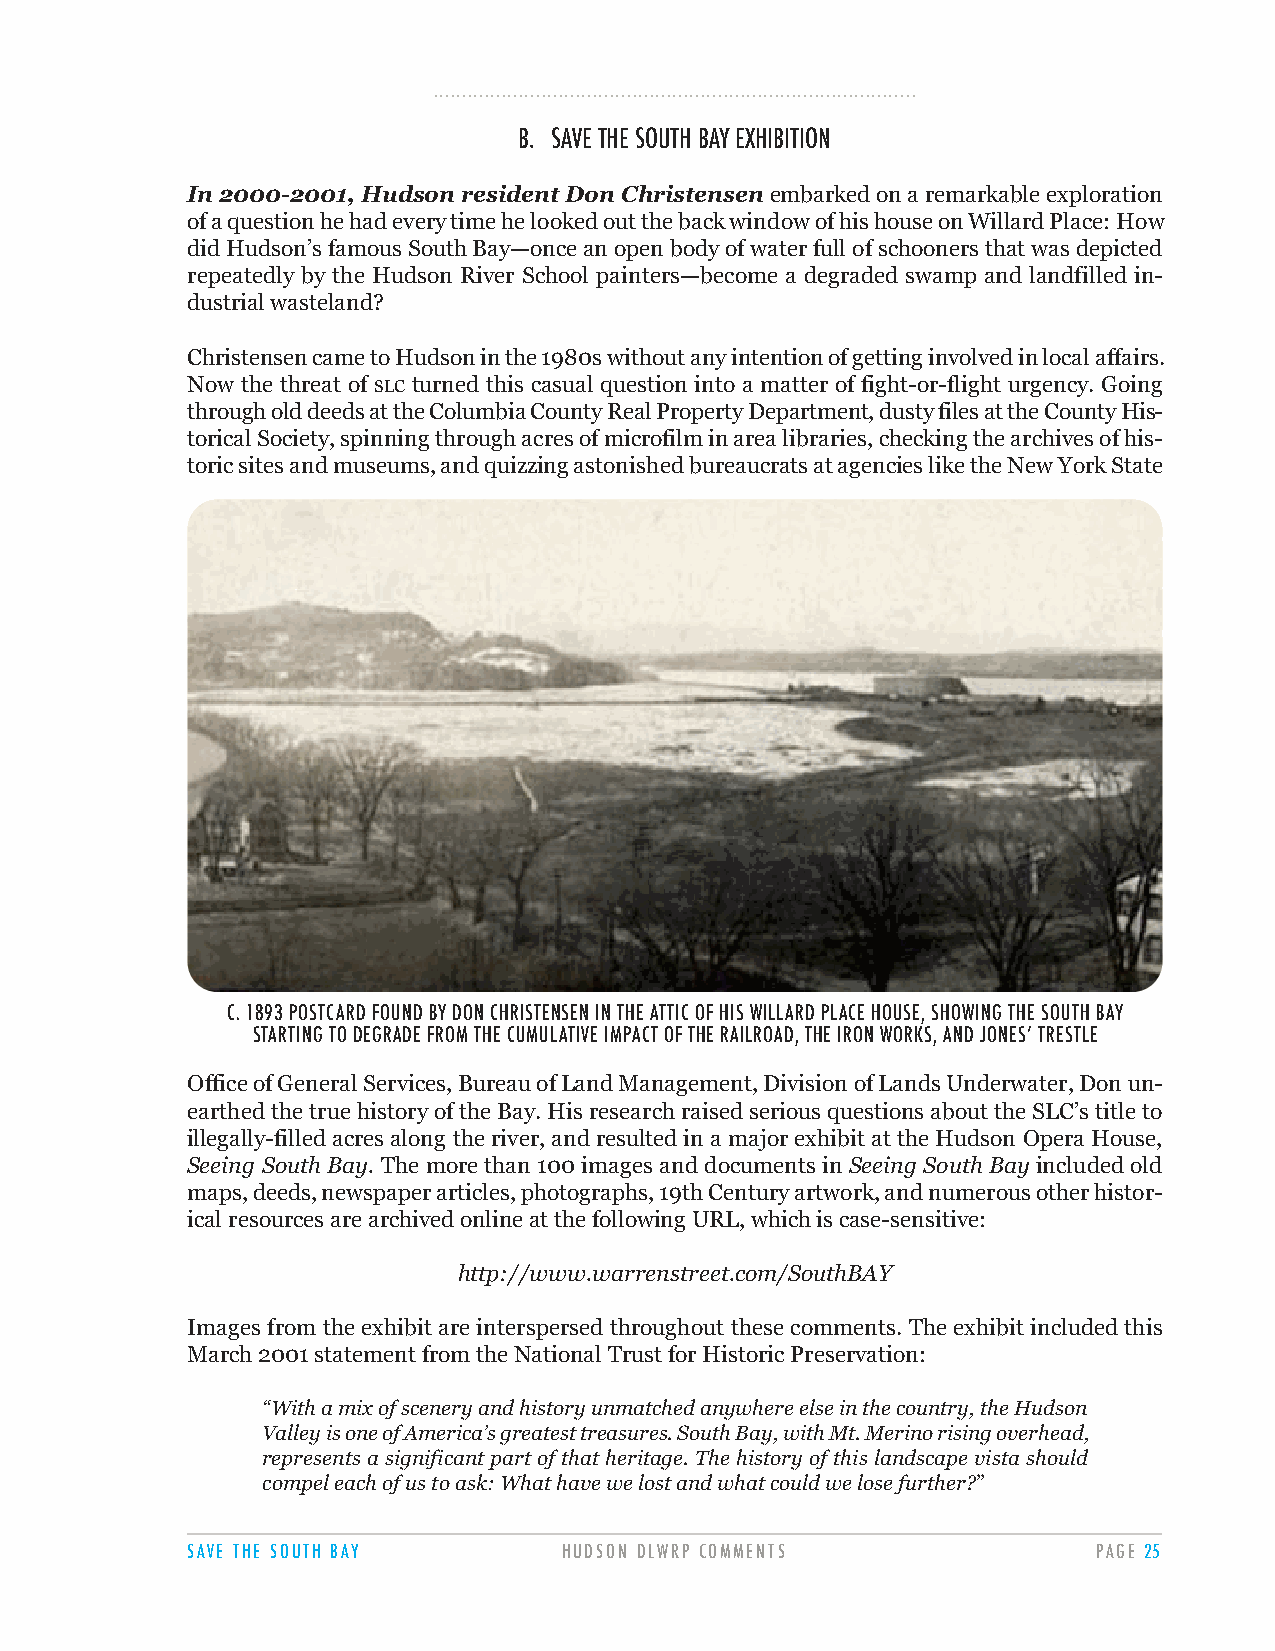
.....................................................................................
 B. SAVE THE SOUTH BAY EXHIBITION
 In 2000-2001, Hudson resident Don Christensenembarked on a remarkable exploration
 of a question he had every time he looked out the back window of his house on Willard Place: How
 did Hudson’s famous South Bay—once an open body of water full of schooners that was depicted
 repeatedly by the Hudson River School painters—become a degraded swamp and landfilled in-
 dustrial wasteland?
 Christensen came to Hudson in the 1980s without any intention of getting involved in local affairs.
 Now the threat of SLC turned this casual question into a matter of fight-or-flight urgency. Going
 through old deeds at the Columbia County Real Property Department, dusty files at the County His-
 torical Society, spinning through acres of microfilm in area libraries, checking the archives of his-
 toric sites and museums, and quizzing astonished bureaucrats at agencies like the New York State
 C. 1893 POSTCARD FOUND BY DON CHRISTENSEN IN THE ATTIC OF HIS WILLARD PLACE HOUSE, SHOWING THE SOUTH BAY
 STARTING TO DEGRADE FROM THE CUMULATIVE IMPACT OF THE RAILROAD, THE IRON WORKS, AND JONES’ TRESTLE
 Office of General Services, Bureau of Land Management, Division of Lands Underwater, Don un-
 earthed the true history of the Bay. His research raised serious questions about the SLC’s title to
 illegally-filled acres along the river, and resulted in a major exhibit at the Hudson Opera House,
 Seeing South Bay. The more than 100 images and documents in Seeing South Bay included old
 maps, deeds, newspaper articles, photographs, 19th Century artwork, and numerous other histor-
 ical resources are archived online at the following URL, which is case-sensitive:
 http://www.warrenstreet.com/SouthBAY
 Images from the exhibit are interspersed throughout these comments. The exhibit included this
 March 2001 statement from the National Trust for Historic Preservation:
 “With a mix of scenery and history unmatched anywhere else in the country, the Hudson
 Valley is one of America’s greatest treasures. South Bay, with Mt. Merino rising overhead,
 represents a significant part of that heritage. The history of this landscape vista should
 compel each of us to ask: What have we lost and what could we lose further?”
 SAVE THE SOUTH BAY       HUDSON DLWRP COMMENTS               PAGE 25